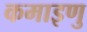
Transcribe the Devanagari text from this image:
कमाइणु